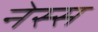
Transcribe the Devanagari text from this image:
नेस्स